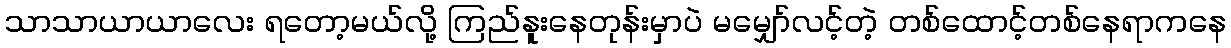
သာသာယာယာလေး ရတော့မယ်လို့ ကြည်နူးနေတုန်းမှာပဲ မမျှော်လင့်တဲ့ တစ်ထောင့်တစ်နေရာကနေ